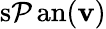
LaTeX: \operatorname{s\mathcal{P}an}(\mathbf{{v}})